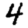
Digit: 4